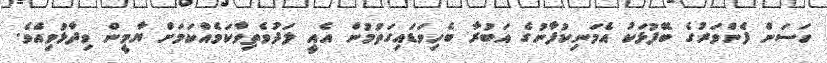
ހަސަން ފެންވަރުގެ ބޭފުޅަކު އެމަނިކުފާނުގެ އަބުރާ ބެހިވަޑައިގަތުމުން އެއީ ލަދުވެތިވާކަމެއްކަމަށް ޔާމީން ވިދާޅުވިއެވެ.